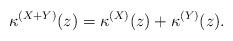
LaTeX: \begin{align*} \kappa^{(X + Y)}(z) = \kappa^{(X)}(z) + \kappa^{(Y)}(z). \end{align*}